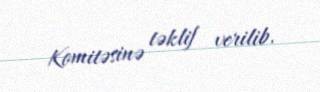
Komitəsinə təklif verilib.